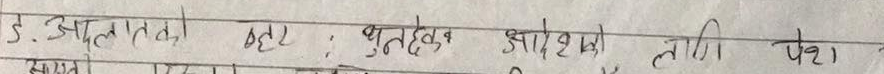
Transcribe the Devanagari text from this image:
ड. अस्पतालको सुधार, वृहत ज्ञानको लागि पेश्